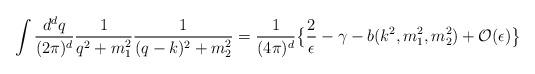
LaTeX: \begin{align*}\int {d^d q\over (2\pi)^d}{1\over q^2 + m_1^2}{1\over (q-k)^2 + m_2^2} = {1\over (4\pi)^d}\big\{ {2\over \epsilon} - \gamma - b(k^2,m_1^2,m_2^2) + {\cal O}(\epsilon)\big\}\end{align*}